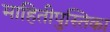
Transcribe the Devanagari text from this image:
माहितीपुस्तिका